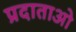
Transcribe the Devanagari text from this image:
प्रदाताओ